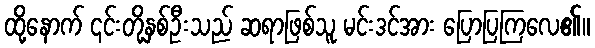
ထို့နောက် ၎င်းတို့နှစ်ဦးသည် ဆရာဖြစ်သူ မင်းဒင်အား ပြောပြကြလေ၏။